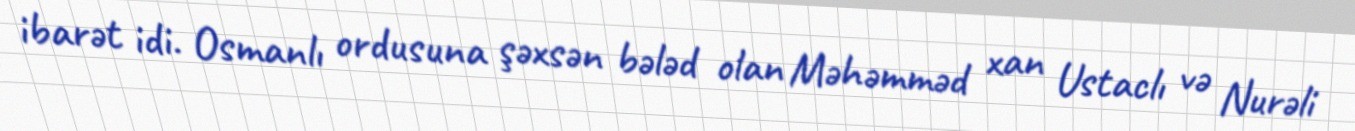
ibarət idi. Osmanlı ordusuna şəxsən bələd olan Məhəmməd xan Ustaclı və Nurəli